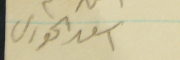
اسعد الخورى